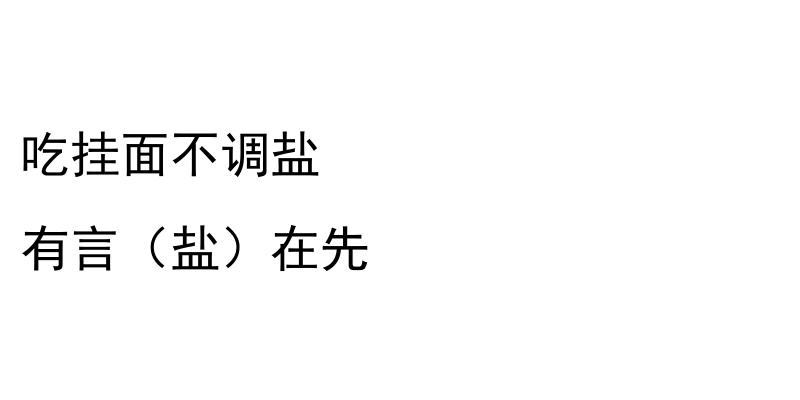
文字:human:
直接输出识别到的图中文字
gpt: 吃挂面不调盐 有言（盐）在先